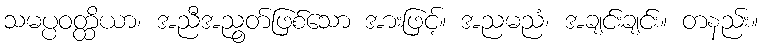
သမပ္ပဝတ္ထိယာ၊ အညီအညွတ်ဖြစ်သော အားဖြင့်။ အညမညံ၊ အချင်းချင်း။ တနည်း။